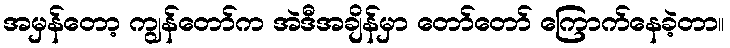
အမှန်တော့ ကျွန်တော်က အဲဒီအချိန်မှာ တော်တော် ကြောက်နေခဲ့တာ။